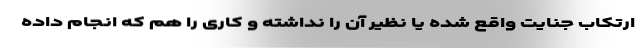
ارتکاب جنایت واقع شده یا نظیر آن را نداشته و کاری را هم که انجام داده